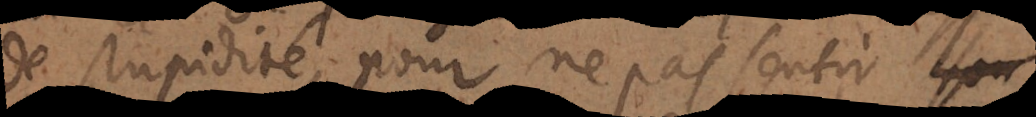
de stupidité, pour ne pas sentir